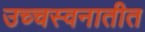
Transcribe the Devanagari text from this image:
उच्चस्वनातीत